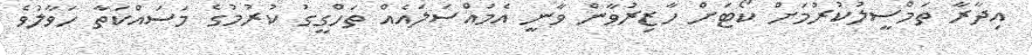
އިދާރާ ތަމްސީލުކުރުމަށް ކޯޓަށް ހާޒިރުވާން ވާނީ އެމައްސަލައެއް ތަހްގީގު ކުރުމުގެ މަސައްކަތާ ހަވާލުވެ